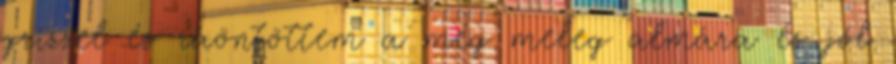
grizzel és ráöntöttem a még meleg almára és jól